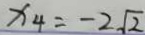
x _ { 4 } = - 2 \sqrt { 2 }